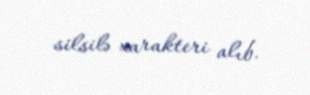
silsilə xarakteri alıb.